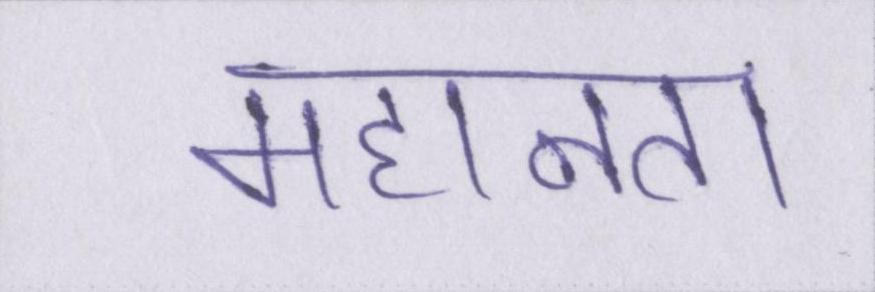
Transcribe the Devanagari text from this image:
महानता